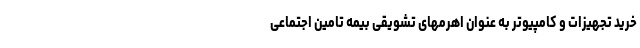
خرید تجهیزات و کامپیوتر به عنوان اهرمهای تشویقی بیمه تامین اجتماعی